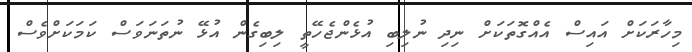
މިހާރަކަށް އައިސް އެއްގޮތަކަށް ނިދި ނުލިބި އުޅެންޖެހޭތީ ލިބިގެން އުޅޭ ނުތަނަވަސް ކަމަކަށްވެސް